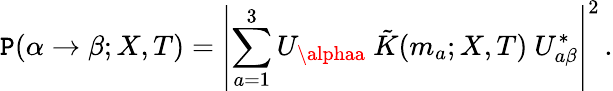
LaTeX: \mathtt{P}(\alpha\rightarrow\beta;X,T)=\left|\sum_{a=1}^{3}U_{\alphaa}\ \tilde{{K}}(m_{a};X,T)\ U_{a\beta}^{*}\right|^{2}\, .